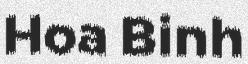
Hoa Binh